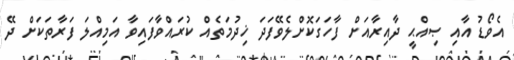
އެވޯޑު އާއި ޞިއްޙީ ދާއިރާއަށް ފާހަގަކޮށްލެވޭފަދަ ޚިދުމަތެއް ކުރައްވާފައިވާ އަމިއްލަ ފަރާތަކަށް ދޭ